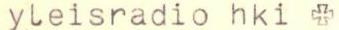
yleisradio hki *